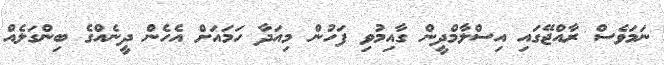
ނަމަވެސް ރާއްޖޭގައި އިސްލާމްދީން ގާއިމުވި ފަހުން މިއަދާ ހަމައަށް އެހެން ދީނެއްގެ ބިންގަލެއް